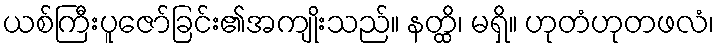
ယစ်ကြီးပူဇော်ခြင်း၏အကျိုးသည်။ နတ္ထိ၊ မရှိ။ ဟုတံဟုတဖလံ၊